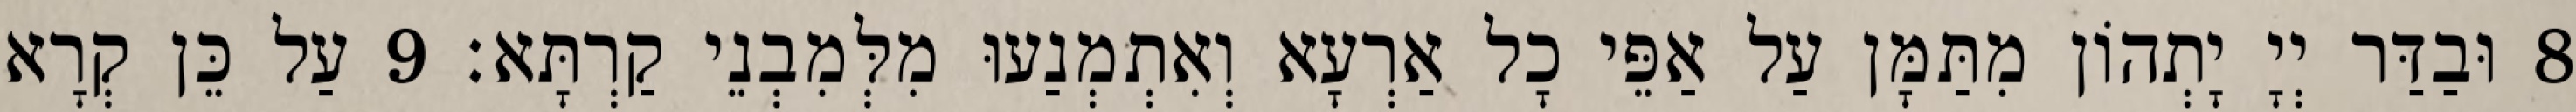
8 וּבַדַּר יְיָ יָתְהוֹן מִתַּמָּן עַל אַפֵּי כָל אַרְעָא וְאִתְמְנַעוּ מִלְּמִבְנֵי קַרְתָּא׃ 9 עַל כֵּן קְרָא